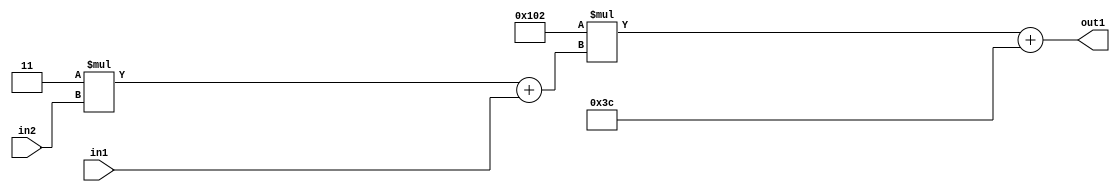
`timescale 1ps / 1ps
/*****************************************************************************
    Verilog RTL Description
    
    
    Created by: Stratus DpOpt 2019.1.01 
*******************************************************************************/

module DC_Filter_Add2i60Mul2i258Add2u1Mul2i3u2_4 (
	in2,
	in1,
	out1
	); /* architecture "behavioural" */ 
input [1:0] in2;
input  in1;
output [11:0] out1;
wire [11:0] asc001;
wire [3:0] asc002;

wire [3:0] asc002_tmp_0;
assign asc002_tmp_0 = 
	+(4'B0011 * in2);
assign asc002 = asc002_tmp_0
	+(in1);

wire [11:0] asc001_tmp_1;
assign asc001_tmp_1 = 
	+(12'B000100000010 * asc002);
assign asc001 = asc001_tmp_1
	+(12'B000000111100);

assign out1 = asc001;
endmodule

/* CADENCE  v7bzQgw= : u9/ySgnWtBlWxVPRXgAZ4Og= ** DO NOT EDIT THIS LINE ******/